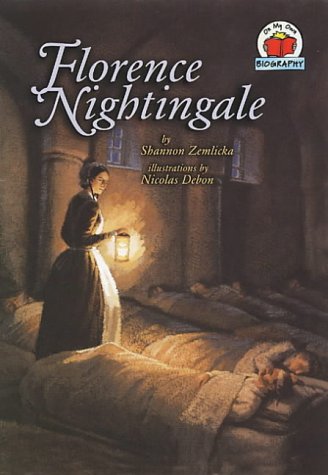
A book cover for Florence Nightingale (On My Own Biographies); Shannon Zemlicka; Children's Books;